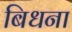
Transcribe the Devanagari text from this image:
बिधना